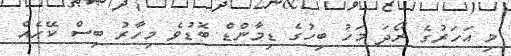
މި އަހަރުގެ ރޯދަ މަހު ބިހުގެ ޑިމާންޑް ބޮޑުވެ މިހާރު ބިސް ކޭހެއް